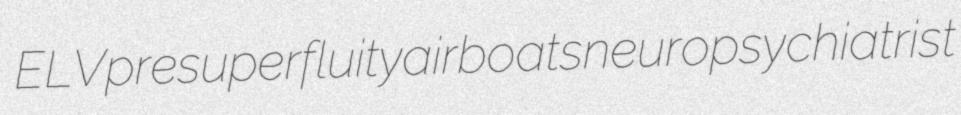
ELV presuperfluity airboats neuropsychiatrist